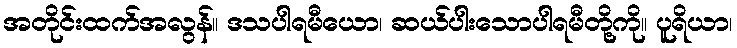
အတိုင်းထက်အလွန်။ ဒသပါရမီယော၊ ဆယ်ပါးသောပါရမီတို့ကို။ ပူရိယာ၊